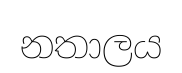
නතාලය